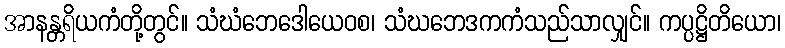
အာနန္တရိယကံတို့တွင်။ သံဃံဘေဒေါယေဝစ၊ သံဃဘေဒကကံသည်သာလျှင်။ ကပ္ပဋ္ဌိတိယော၊